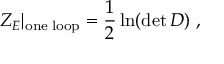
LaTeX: { \cal Z } _ { E } | _ { \mathrm { o n e \; l o o p } } = \frac { 1 } { 2 } \ln ( \operatorname * { d e t } { \cal D } ) \ ,